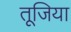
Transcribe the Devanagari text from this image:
तूजिया